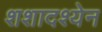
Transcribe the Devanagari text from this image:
शशादश्येन